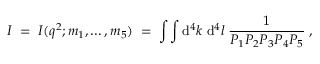
I \; = \; I ( q ^ { 2 } ; m _ { 1 } , \ldots , m _ { 5 } ) \; = \; \int \int \mathrm { d } ^ { 4 } k \; \mathrm { d } ^ { 4 } l \; \frac { 1 } { P _ { 1 } P _ { 2 } P _ { 3 } P _ { 4 } P _ { 5 } } \; ,